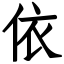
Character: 依